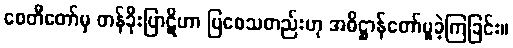
စေတီတော်မှ တန်ခိုးပြာဋိဟာ ပြစေသတည်းဟု အဓိဋ္ဌာန်တော်မူခဲ့ကြခြင်း။